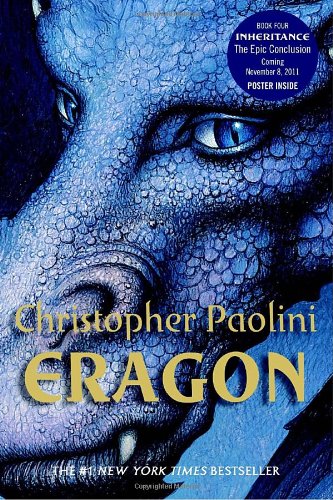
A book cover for Eragon (Inheritance, Book 1); Christopher Paolini; Teen & Young Adult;